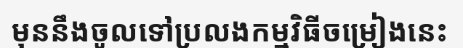
មុននឹងចូលទៅប្រលងកម្មវិធីចម្រៀងនេះ